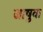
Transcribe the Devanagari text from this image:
जाषुवा